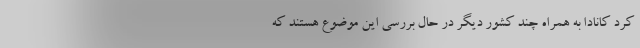
کرد کانادا به همراه چند کشور دیگر در حال بررسی این موضوع هستند که